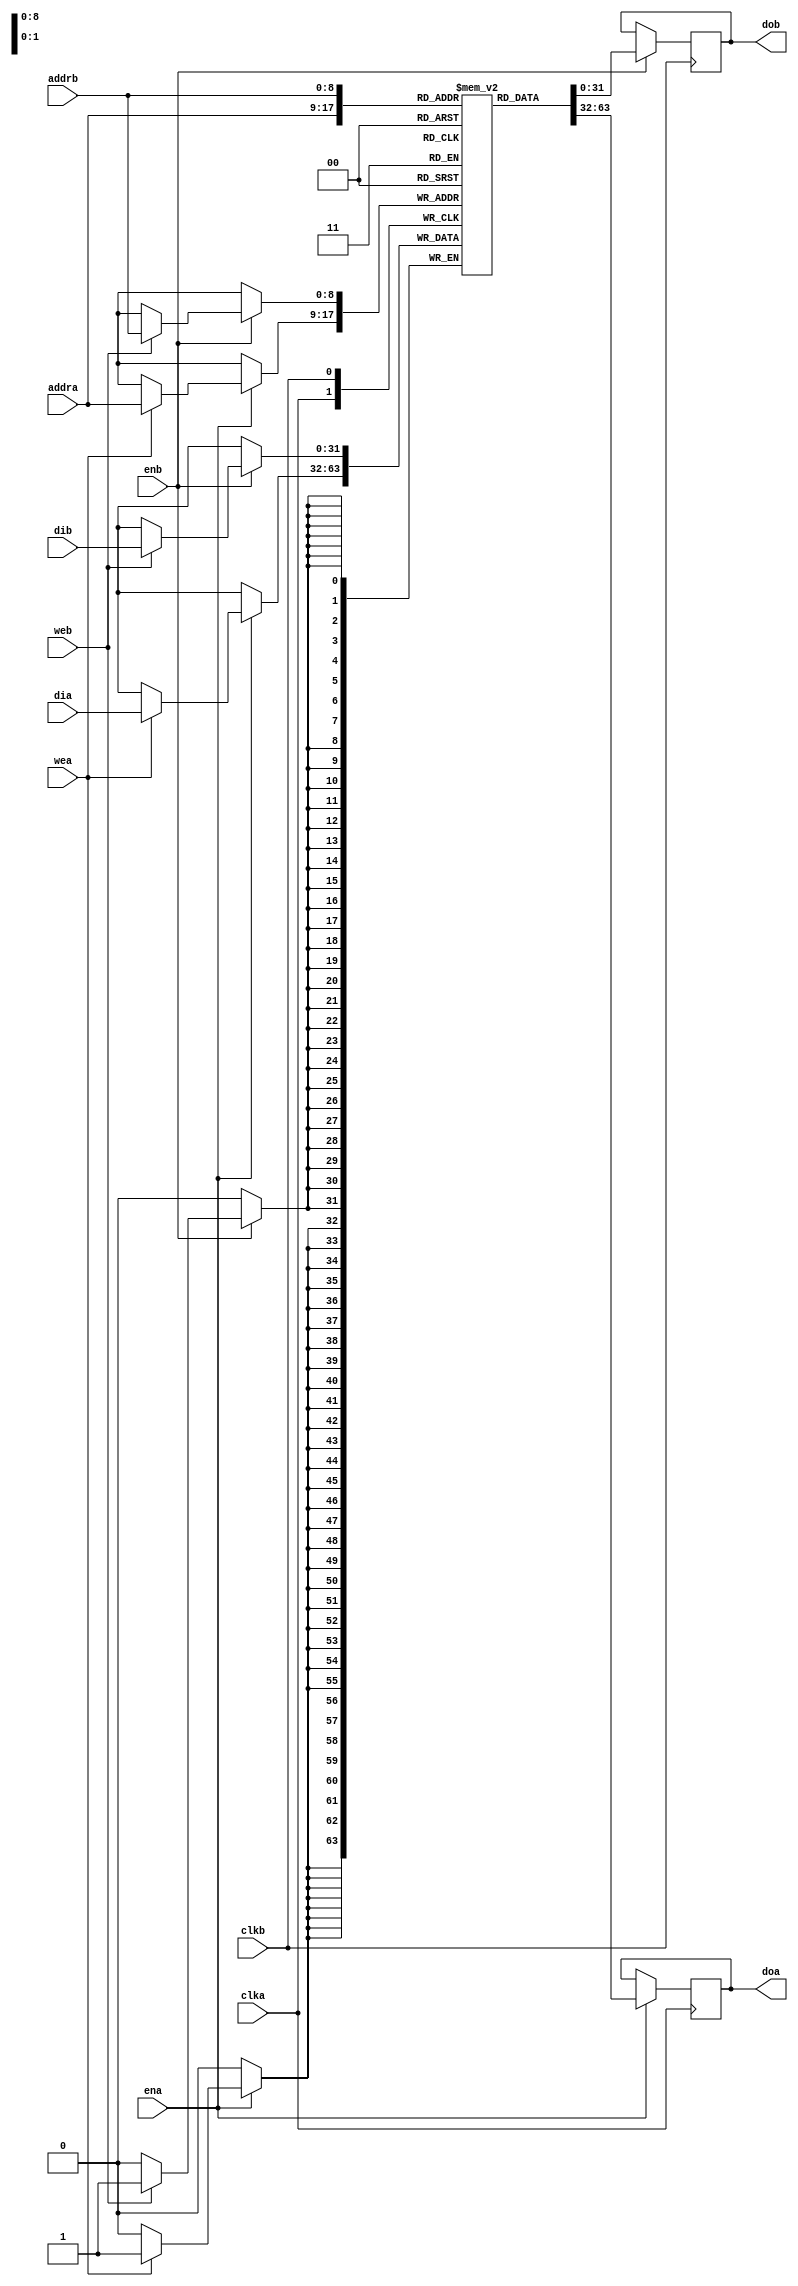
//
// Copyright 2011 Ettus Research LLC
// Copyright 2018 Ettus Research, a National Instruments Company
//
// SPDX-License-Identifier: LGPL-3.0-or-later
//




module ram_2port
  #(parameter DWIDTH=32,
    parameter AWIDTH=9)
    (input clka,
     input ena,
     input wea,
     input [AWIDTH-1:0] addra,
     input [DWIDTH-1:0] dia,
     output reg [DWIDTH-1:0] doa = 'd0,

     input clkb,
     input enb,
     input web,
     input [AWIDTH-1:0] addrb,
     input [DWIDTH-1:0] dib,
     output reg [DWIDTH-1:0] dob = 'd0);

   reg [DWIDTH-1:0] ram [(1<<AWIDTH)-1:0];

   /*
   integer i;
   initial begin
     for (i=0;i<(1<<AWIDTH);i=i+1) begin
       ram[i] <= {DWIDTH{1'b0}};
     end
   end
   */

   always @(posedge clka) begin
      if (ena)
        begin
           if (wea)
             ram[addra] <= dia;
           doa <= ram[addra];
        end
   end
   always @(posedge clkb) begin
      if (enb)
        begin
           if (web)
             ram[addrb] <= dib;
           dob <= ram[addrb];
        end
   end
endmodule // ram_2port